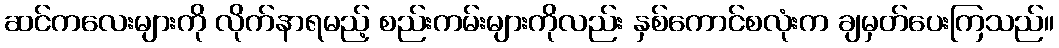
ဆင်ကလေးများကို လိုက်နာရမည့် စည်းကမ်းများကိုလည်း နှစ်ကောင်စလုံးက ချမှတ်ပေးကြသည်။